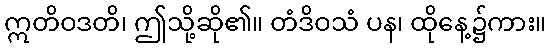
ဣတိဝဒတိ၊ ဤသို့ဆို၏။ တံဒိဝသံ ပန၊ ထိုနေ့၌ကား။